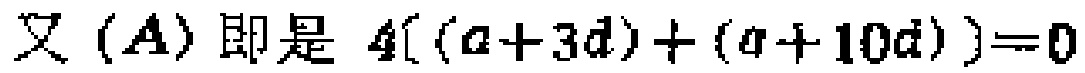
又 \((A)\) 即是 \(4((a + 3d)+(a + 10d)) = 0\)